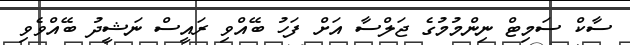
ސާކް ސަމިޓް ނިންމުމުގެ ޖަލްސާ އަށް ފަހު ބޭއްވި ރައީސް ނަޝީދު ބޭއްވެވި